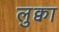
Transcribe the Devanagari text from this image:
लुक्वा